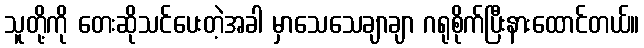
သူတို့ကို တေးဆိုသင်ပေးတဲ့အခါ မှာသေသေချာချာ ဂရုစိုက်ပြီးနားထောင်တယ်။